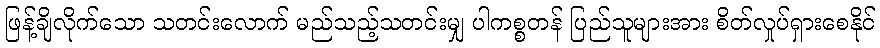
ဖြန့်ချိလိုက်သော သတင်းလောက် မည်သည့်သတင်းမျှ ပါကစ္စတန် ပြည်သူများအား စိတ်လှုပ်ရှားစေနိုင်